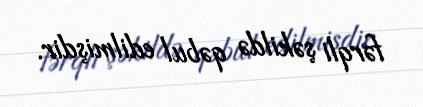
fərqli şəkildə qəbul edilmişdir.